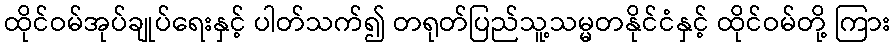
ထိုင်ဝမ်အုပ်ချုပ်ရေးနှင့် ပါတ်သက်၍ တရုတ်ပြည်သူ့သမ္မတနိုင်ငံနှင့် ထိုင်ဝမ်တို့ ကြား